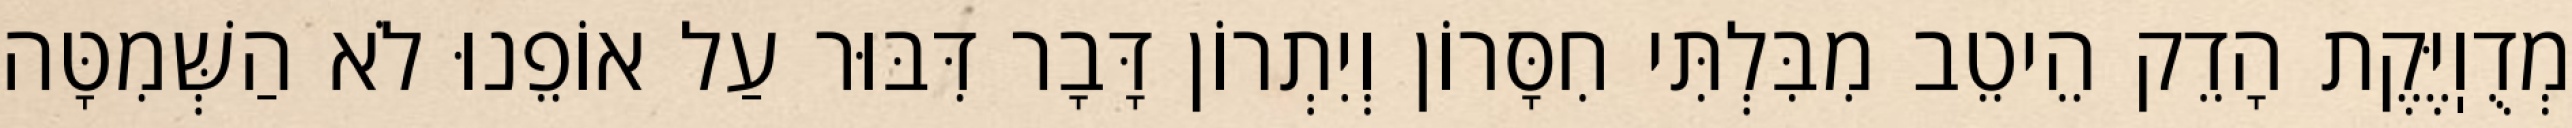
מְדֻוֽיֶּקֶת הָדֵק הֵיטֵב מִבִּלְתִּי חִסָּרוֹן וְיִתְרוֹן דָּבָר דִּבּוּר עַל אוֹפֵנוּ לֹא הַשְּׁמִטָּה